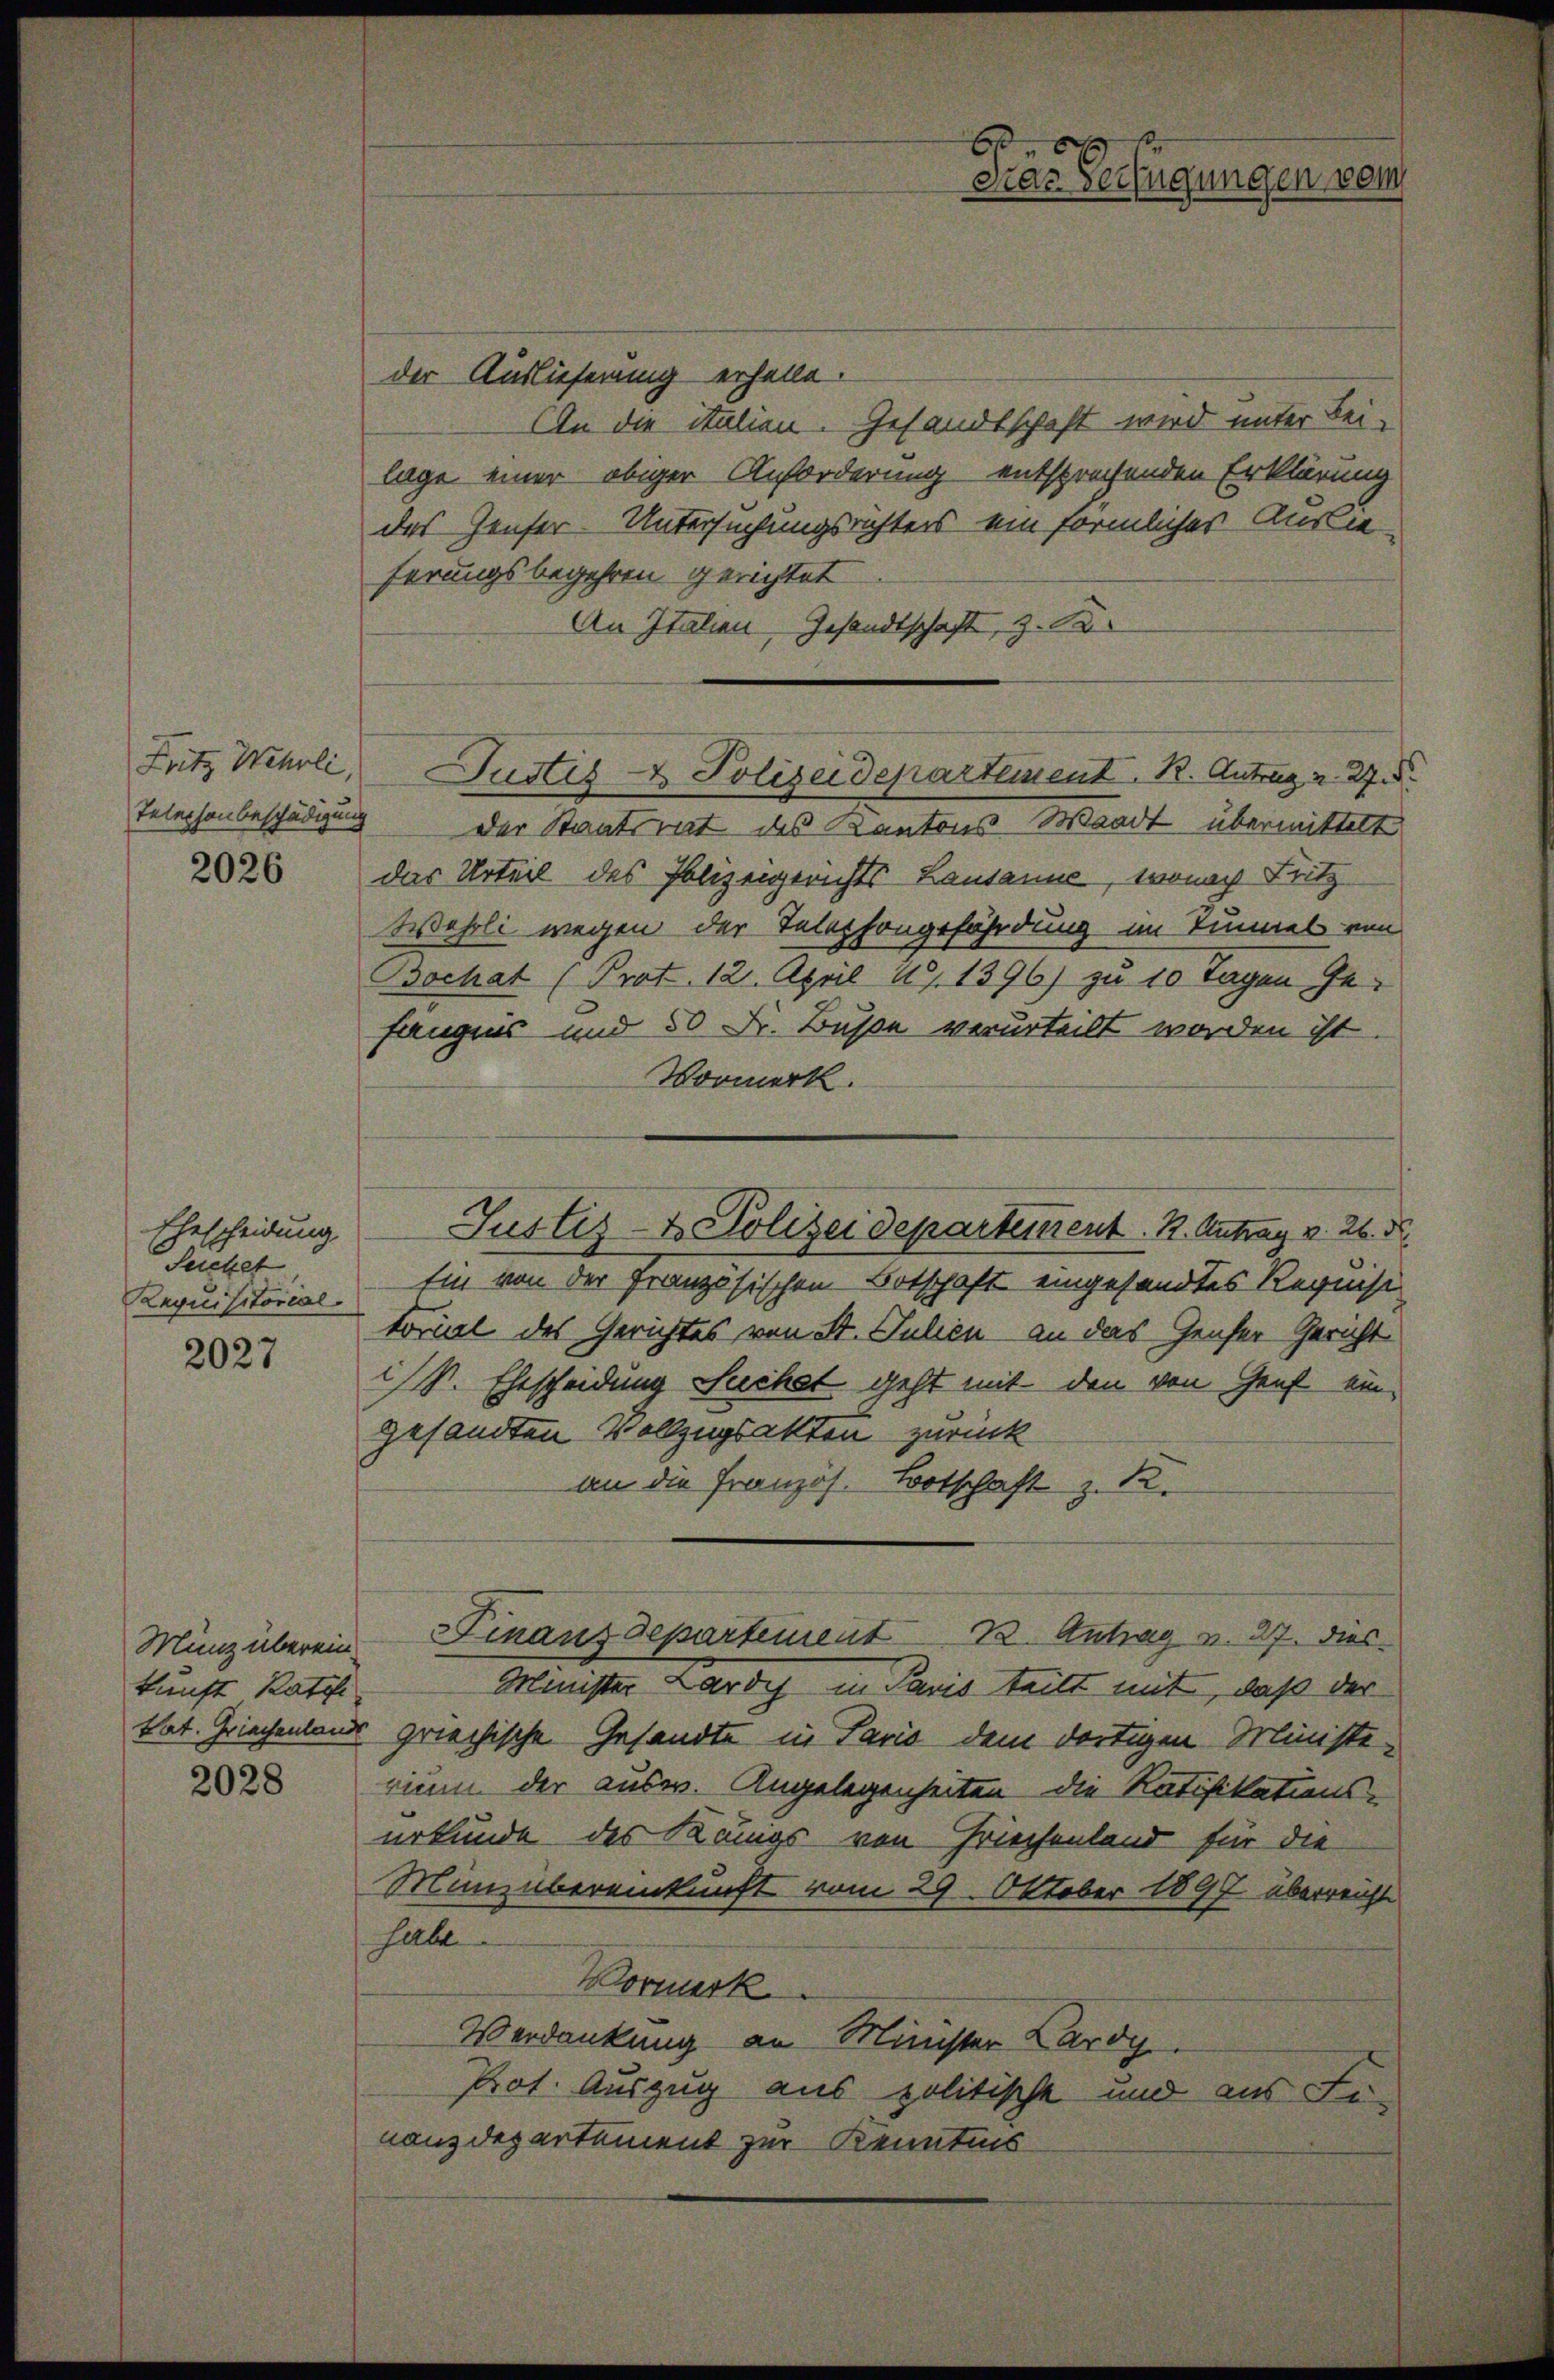
Fritz Wehrli,
Telephonbeschädigung

2026

Ehescheidung.
Secket
Requisitorial.

2027

Münz überein.
kunft Ratifi

2028

der Auslieferung erhelle.
An die italien. Gesandtschaft wird unter Bei-
lage einer obiger Anforderung entsprechenden Erklärung
des Genfer Untersuchungsrichters ein förmliches Auslie
ferungsbegehren gerichtet
An Italien Gesandtschaft, z. B.
der Staatsrat des Kantons-Waadt übermittelt
das Urteil des Polizeigerichts Lausanne, wonach Fritz
Wehrli wegen der Telephongefährdung im Tinel von
Bochat (Prot. 12. April 191396) zu 10 Tagen Gefängnis und 50 Fr. Buße verurteilt worden ist.
Vormerk.
Ein von der französischen Botschaft eingesandtes Requisi
torial des Gerichtes von St. Julien an das Genser Gericht
S. Ehescheidung Suchet geht mit den von Genf eingesandten Vollzugsakten zurück
an die Französ.
Botschaft z. 12.
Finanzdepartement 12. Antrag v. 27. dies
Minister Lardy in Paris teilt mit, daß der
tat. Griechenland griechische Gesandte in Sario dem dortigen Ministerium der ausw. Angelegenheiten die Ratifikations-
urkunde des Krings von Griechenland für die
Minübereinkunft vom 29. Oktober 1897 überreicht
halte
Wormerk
Verdankung an Minister Lardy
Prot. Auszug aus politische und aus Li-
nanzdepartement zur Kenntnis

b
Dras Verfügungen vom

Justiz- & Polizeidepartement. R. Antrag v. 27.

Justiz- & Polizeidepartement. K. Antrag v. 26. d.